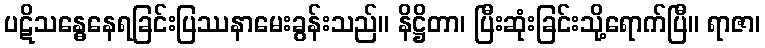
ပဋိသန္ဓေနေရခြင်းပြဿနာမေးခွန်းသည်။ နိဋ္ဌိတာ၊ ပြီးဆုံးခြင်းသို့ရောက်ပြီ။ ရာဇာ၊